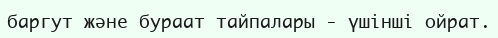
баргут және бураат тайпалары - үшінші ойрат.